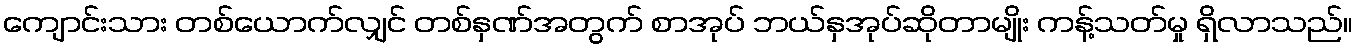
ကျောင်းသား တစ်ယောက်လျှင် တစ်နှဏ်အတွက် စာအုပ် ဘယ်နှအုပ်ဆိုတာမျိုး ကန့်သတ်မှု ရှိလာသည်။